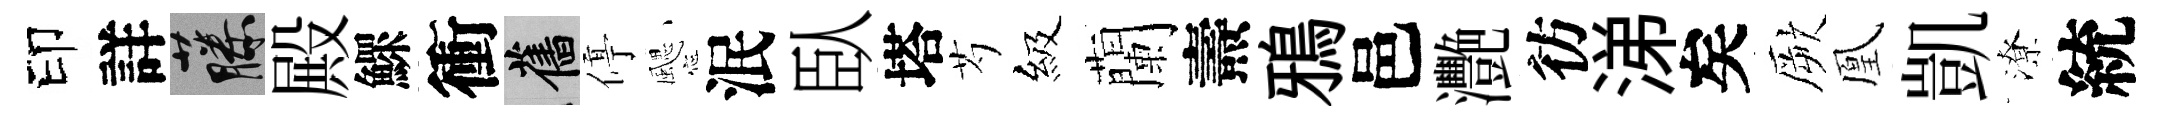
印詳藤殿鰥衝舊停颸泯臥塔芍級蘭燾鴉邑灧彷涕矣厥凰凱潦統